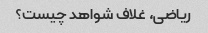
ریاضی، غلاف شواهد چیست؟